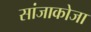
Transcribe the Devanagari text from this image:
सांजाकोजा